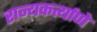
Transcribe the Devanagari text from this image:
राज्यकर्त्याणे